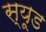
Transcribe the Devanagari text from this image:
स्‍यूड